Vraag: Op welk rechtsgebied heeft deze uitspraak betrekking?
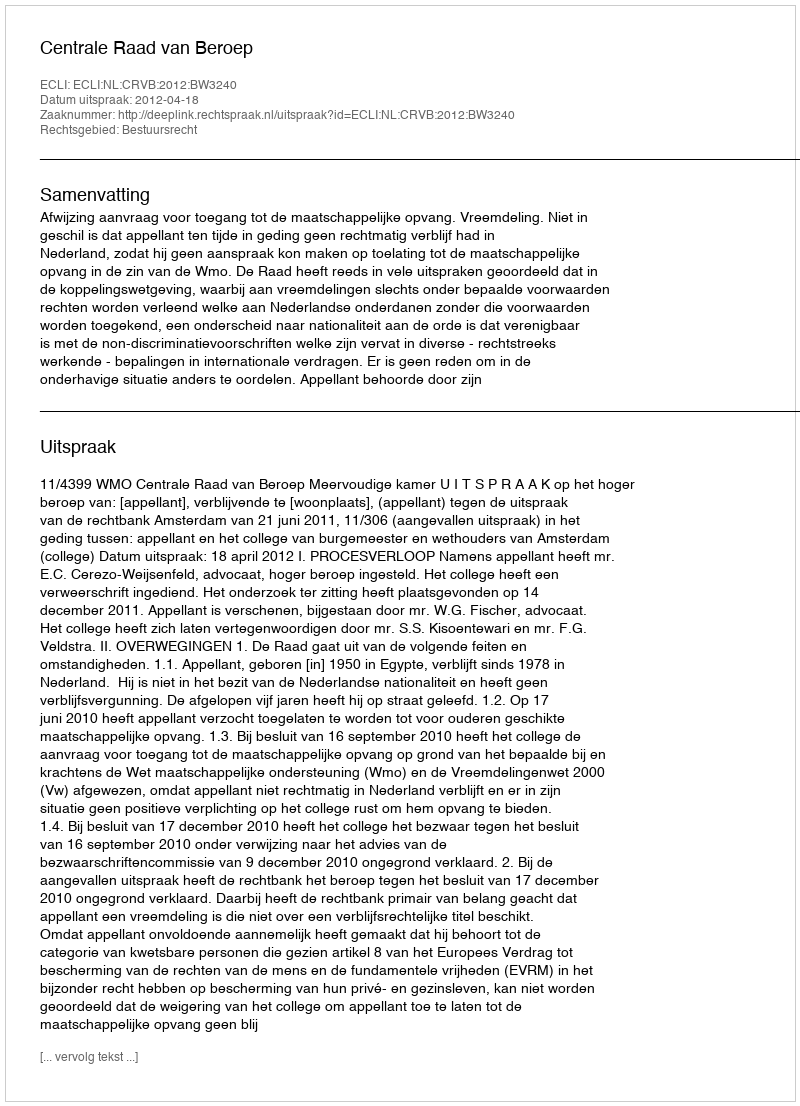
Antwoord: Bestuursrecht